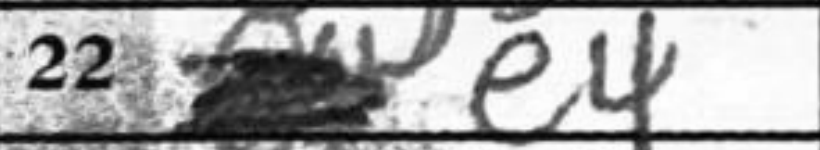
Transcription: e4